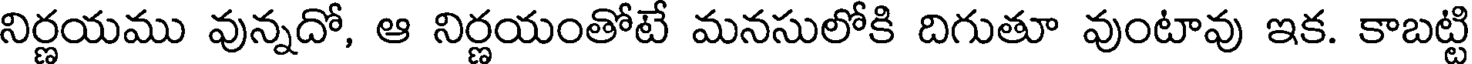
నిర్ణయము వున్నదో, ఆ నిర్ణయంతోటే మనసులోకి దిగుతూ వుంటావు ఇక. కాబట్టి